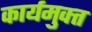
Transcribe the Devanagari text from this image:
कार्यमुक्‍त